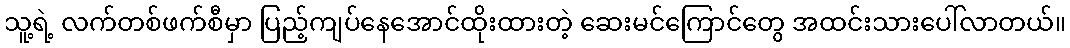
သူ့ရဲ့ လက်တစ်ဖက်စီမှာ ပြည့်ကျပ်နေအောင်ထိုးထားတဲ့ ဆေးမင်ကြောင်တွေ အထင်းသားပေါ်လာတယ်။